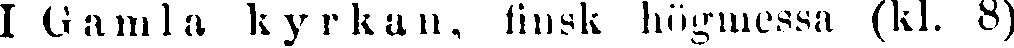
I Gamla kyrkan, finsk hömessa (kl. 8)